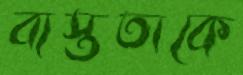
ব্যস্ততাকে